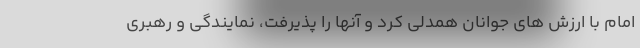
امام با ارزش های جوانان همدلی کرد و آنها را پذیرفت، نمایندگی و رهبری